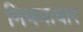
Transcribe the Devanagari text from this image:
नियमाधार